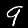
Digit: 9